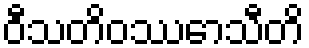
ဝီသတိဝဿောသီတိ